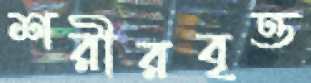
শরীরবৃত্ত